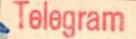
Telegram